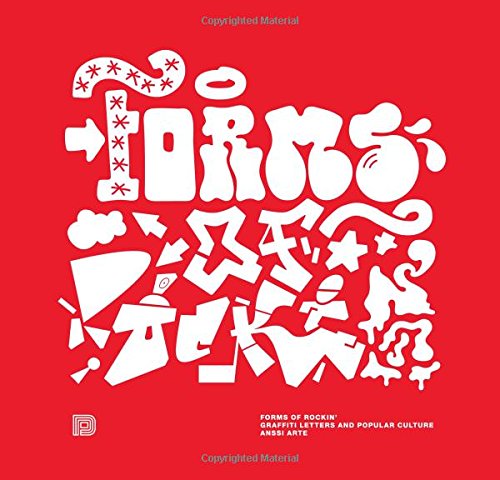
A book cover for Forms of Rockin': Graffiti Letters and Popular Culture; Anssi Arte; Arts & Photography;